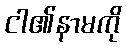
ငါ၏နာမကို